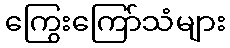
ကြွေးကြော်သံများ